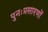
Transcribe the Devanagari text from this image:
पुनःप्रसारणों